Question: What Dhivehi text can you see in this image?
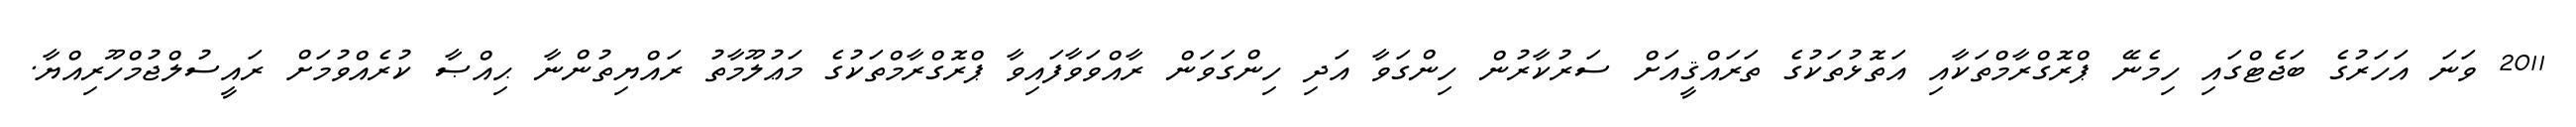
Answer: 2011 ވަނަ އަހަރުގެ ބަޖެޓްގައި ހިމެނޭ ޕްރޮގްރާމްތަކާއި އަތޮޅުތަކުގެ ތަރައްޤީއަށް ސަރުކާރުން ހިންގަވާ އަދި ހިންގަވަން ރާއްވަވާފައިވާ ޕްރޮގްރާމްތަކުގެ މަޢުލޫމާތު ރައްޔިތުންނާ ޙިއްޞާ ކުރެއްވުމަށް ރައީސުލްޖުމްހޫރިއްޔާ.